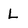
Character: L